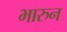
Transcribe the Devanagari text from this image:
भारुन